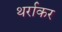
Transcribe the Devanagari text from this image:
थर्राकर